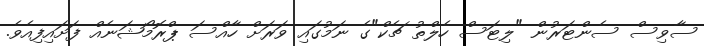
ސާވިސް ސެންޓަރުން "ލިޓަސް ހެލްތު ޗެކް"ގެ ނަމުގައި ވަރަށް ހާއްސަ ޕްރޮމޯޝަނެއް ފަށައިފިއެވެ.